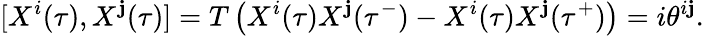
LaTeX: [X^{i}(\tau),X^{\mathbf{j}}(\tau)]=T\left(X^{i}(\tau)X^{\mathbf{j}}(\tau^{-})-X^{i}(\tau)X^{\mathbf{j}}(\tau^{+})\right)=i\theta^{i\mathbf{j}}.